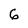
Character: 6